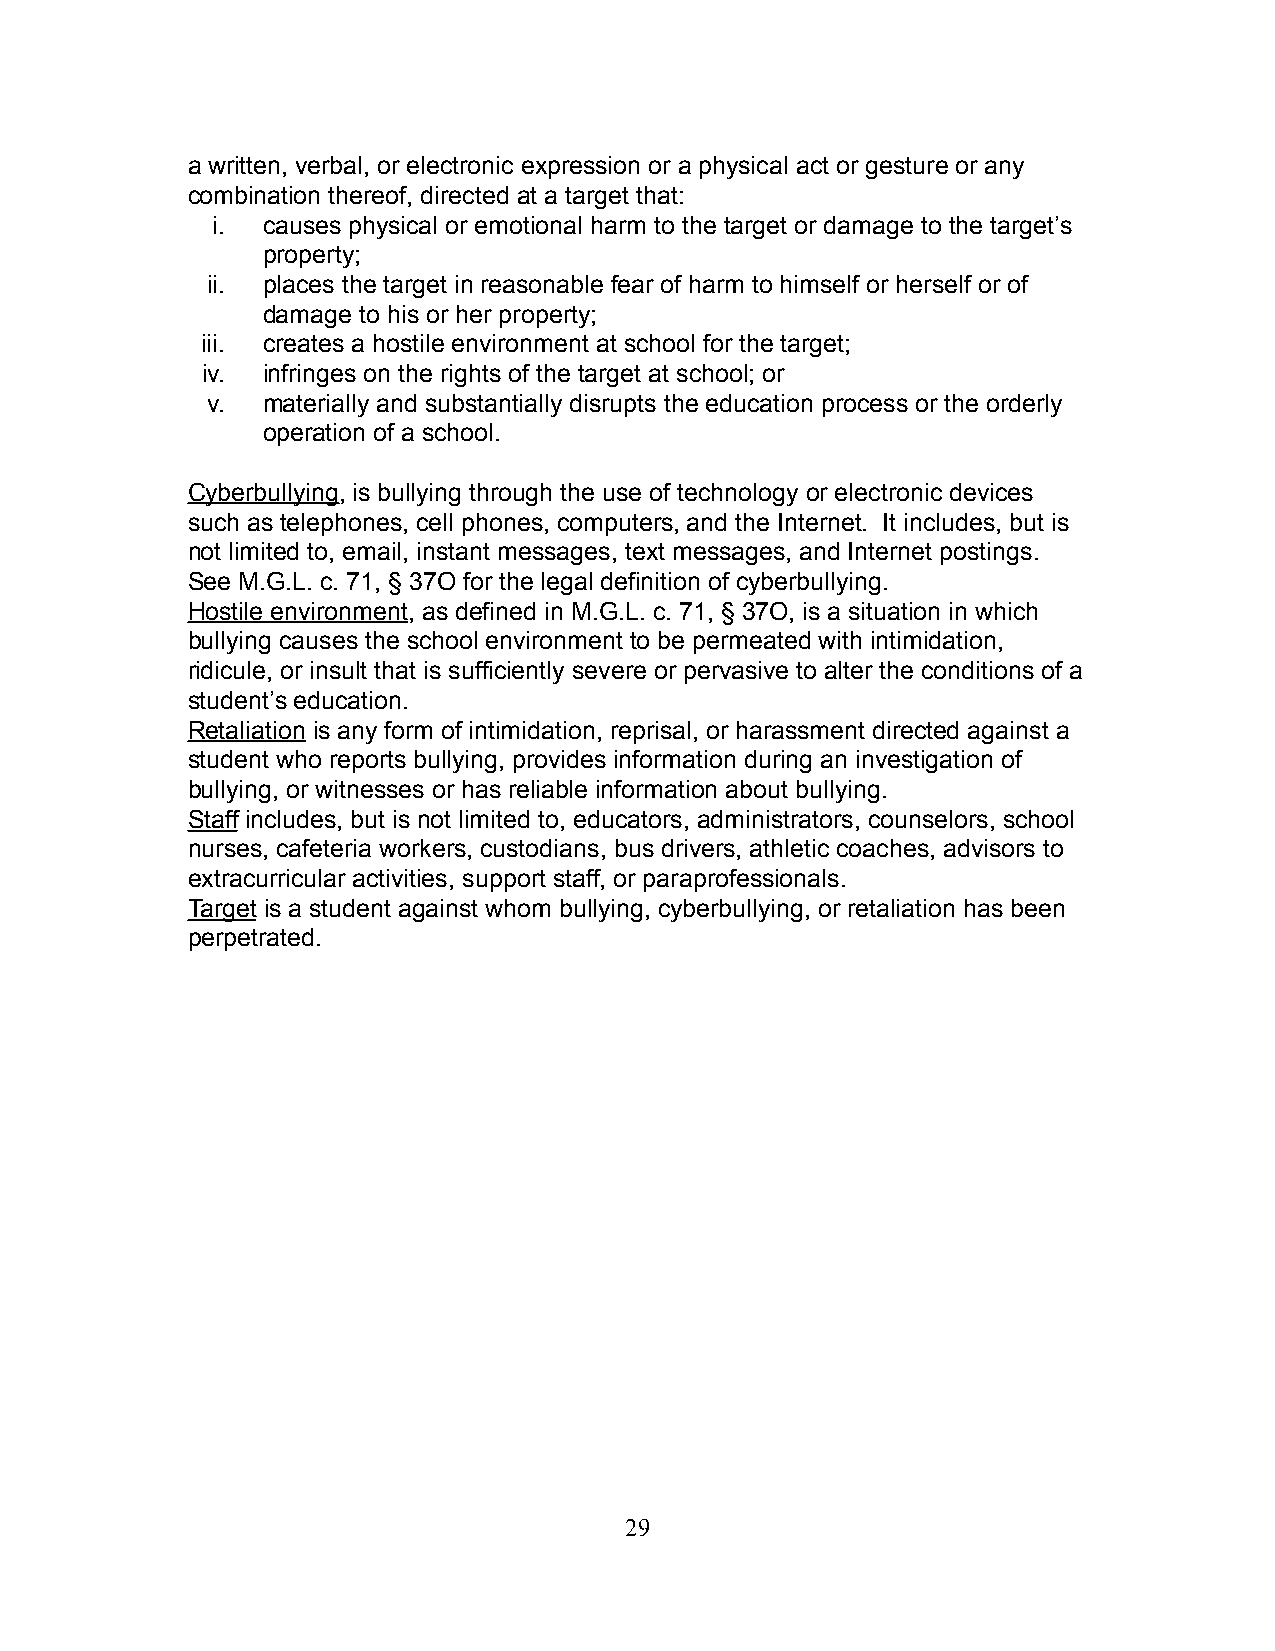
a written, verbal, or electronic expression or a physical act or gesture or any
 combination thereof, directed at a target that:
 i. causes physical or emotional harm to the target or damage to the target’s
 property;
 ii. places the target in reasonable fear of harm to himself or herself or of
 damage to his or her property;
 iii. creates a hostile environment at school for the target;
 iv. infringes on the rights of the target at school; or
 v. materially and substantially disrupts the education process or the orderly
 operation of a school.
 Cyberbullying, is bullying through the use of technology or electronic devices
 such as telephones, cell phones, computers, and the Internet. It includes, but is
 not limited to, email, instant messages, text messages, and Internet postings.
 See M.G.L. c. 71, § 37O for the legal definition of cyberbullying.
 Hostile environment, as defined in M.G.L. c. 71, § 37O, is a situation in which
 bullying causes the school environment to be permeated with intimidation,
 ridicule, or insult that is sufficiently severe or pervasive to alter the conditions of a
 student’s education.
 Retaliation is any form of intimidation, reprisal, or harassment directed against a
 student who reports bullying, provides information during an investigation of
 bullying, or witnesses or has reliable information about bullying.
 Staff includes, but is not limited to, educators, administrators, counselors, school
 nurses, cafeteria workers, custodians, bus drivers, athletic coaches, advisors to
 extracurricular activities, support staff, or paraprofessionals.
 Target is a student against whom bullying, cyberbullying, or retaliation has been
 perpetrated.
 29